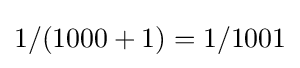
1/(1000+1)=1/1001